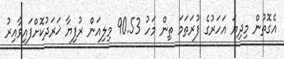
އެގޮތުން މިދިޔަ އަހަރުގެ ފުރަތަމަ ތިން މަހު 90.53 މިލިއަން ރުފިޔާ ޚަރަދުކޮށްފައިވާއިރު